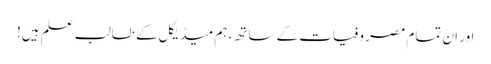
اور ان تمام مصروفیات کے ساتھ، ہم میڈیکل کے طالبِ علم ہیں!